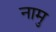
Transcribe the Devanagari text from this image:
नामु